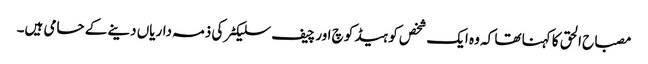
مصباح الحق کا کہنا تھا کہ وہ ایک شخص کو ہیڈ کوچ اور چیف سلیکٹر کی ذمہ داریاں دینے کے حامی ہیں۔